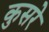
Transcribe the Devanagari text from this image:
कुसरे